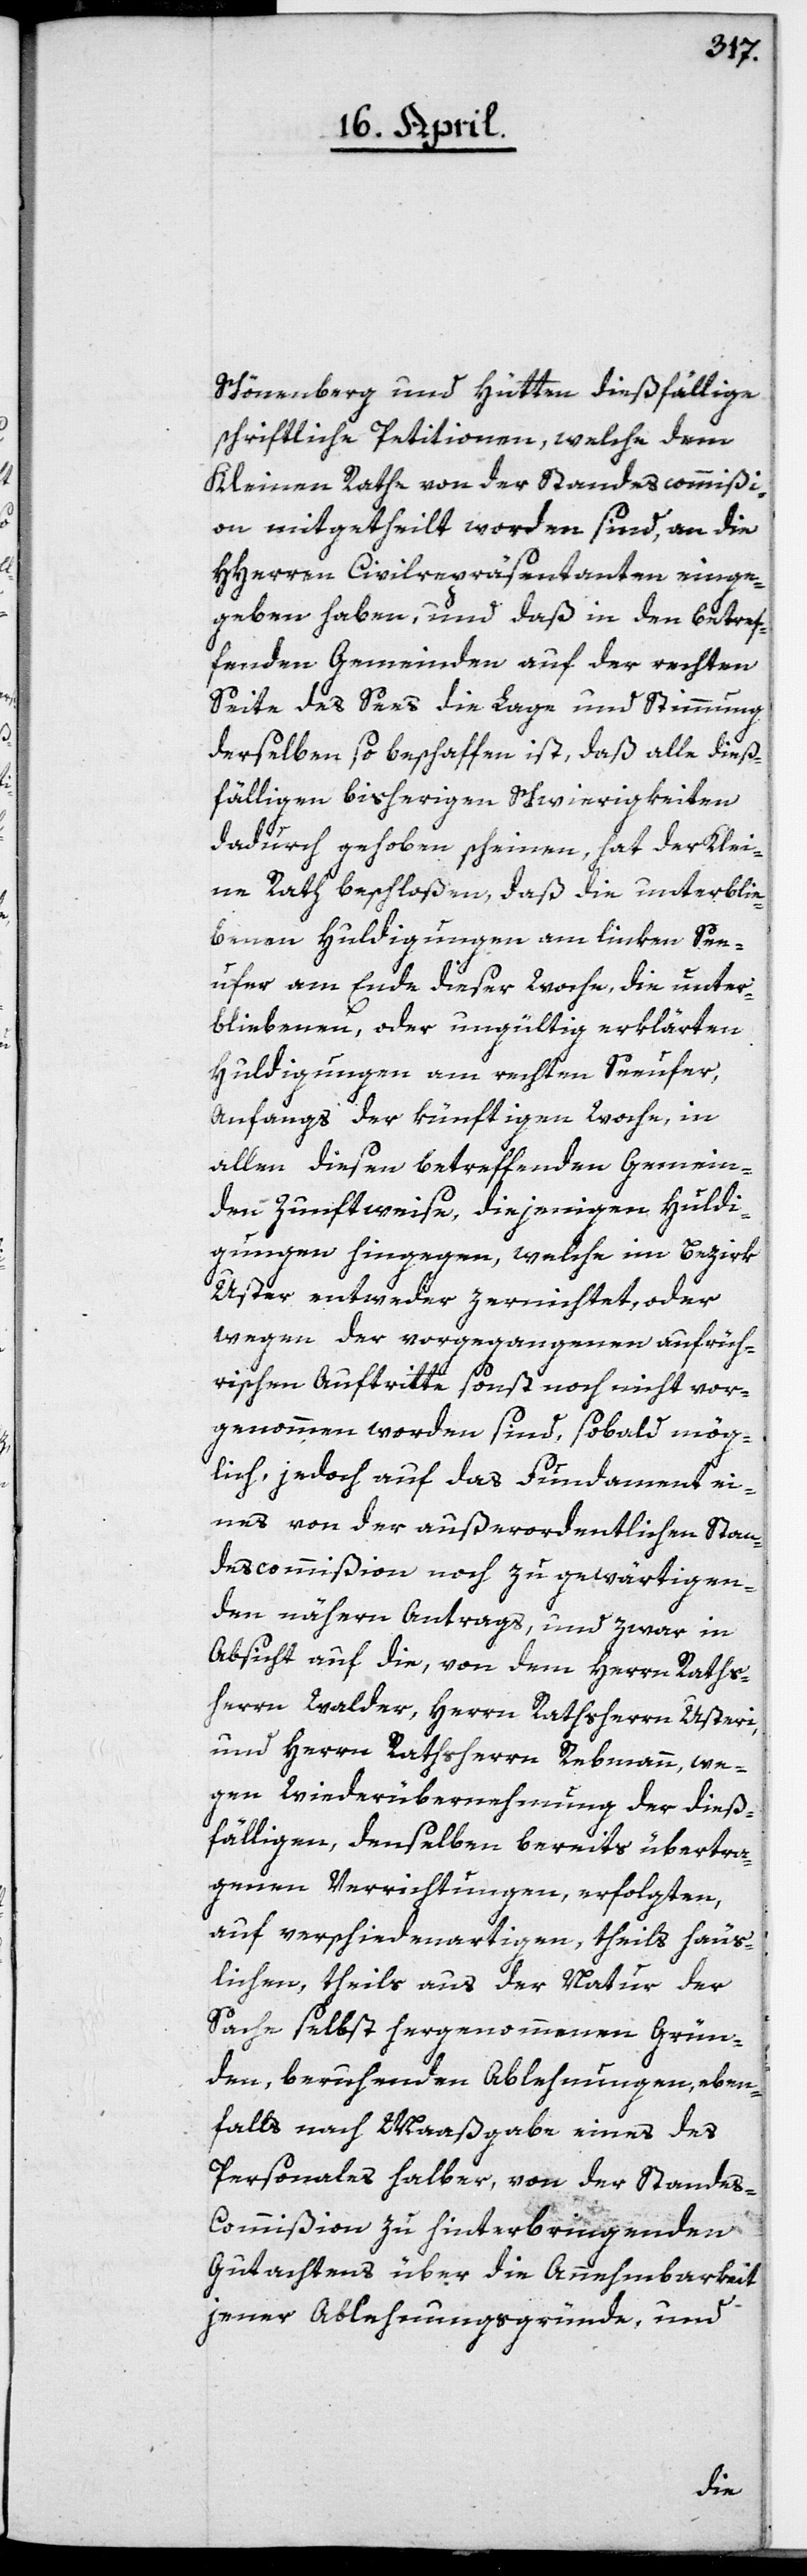
Schönenberg und Hütten dießfällige
schriftliche Petitionen, welche dem
Kleinen Rathe von der Standescommißi¬
on mitgetheilt worden sind, an die
HHerren Civilrepräsentanten einge¬
geben haben, und daß in den betref¬
fenden Gemeinden auf der rechten
Seite des Sees die Lage und Stimmung
derselben so beschaffen ist, daß alle dieß¬
fälligen bisherigen Schwierigkeiten
dadurch gehoben scheinen, hat der Klei¬
ne Rath beschloßen, daß die unterblie¬
benen Huldigungen am linken See¬
ufer am Ende dieser Woche, die unter¬
bliebenen oder ungültig erklärten
Huldigungen am rechten Seeufer,
Anfangs der künftigen Woche, in
allen diesen betreffenden Gemein¬
den zunftweise, diejenigen Huldi¬
gungen hingegen, welche im Bezirk
Uster entweder zernichtet oder
wegen der vorgegangenen aufrüh¬
rischen Auftritte sonst noch nicht vor¬
genommen worden sind, sobald mög¬
lich, jedoch auf das Fundament ei¬
nes von der außerordentlichen Stan¬
descommißion noch zu gewärtigen¬
den nähern Antrags, und zwar in
Absicht auf die, von dem Herrn Raths¬
herrn Walder, Herrn Rathsherrn Usteri,
und Herrn Rathsherrn Rebmann, we¬
gen Wiederübernehmung der dieß¬
fälligen, denselben bereits übertra¬
genen Verrichtungen, erfolgten,
auf verschiedenartigen, theils häus¬
lichen, theils aus der Natur der
Sache selbst hergenommenen Grün¬
den, beruhenden Ablehnungen, eben¬
falls nach Maaßgabe eines des
Personales halber, von der Standes-C¬
ommißion zu hinterbringenden
Gutachtens über die Annehmbarkeit
jener Ablehnungsgründe, und